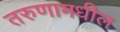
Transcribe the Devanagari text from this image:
तरुणामधील